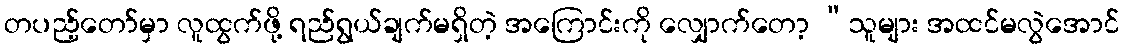
တပည့်တော်မှာ လူထွက်ဖို့ ရည်ရွယ်ချက်မရှိတဲ့ အကြောင်းကို လျှောက်တော့ “သူများ အထင်မလွဲအောင်